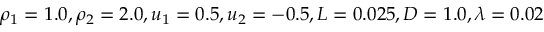
\rho _ { 1 } = 1 . 0 , \rho _ { 2 } = 2 . 0 , u _ { 1 } = 0 . 5 , u _ { 2 } = - 0 . 5 , L = 0 . 0 2 5 , D = 1 . 0 , \lambda = 0 . 0 2